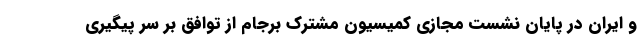
و ایران در پایان نشست مجازی کمیسیون مشترک برجام از توافق بر سر پیگیری